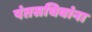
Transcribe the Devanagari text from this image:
पंतसचिवांना